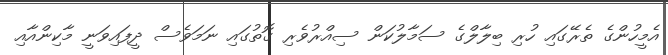
އެމީހުންގެ ތެރޭގައި ހުރި ބިލާލްގެ ސަމާލުކަން ސިއްރުވެރި ގޮތުގައި ނަމަވެސް ދީފައިވަނީ މާކިންއާއި